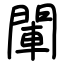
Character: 閳